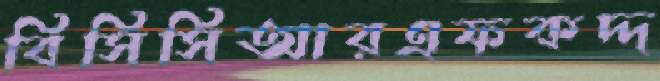
বিসিসিআরএফকদ্দ